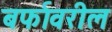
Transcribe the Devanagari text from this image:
बर्फावरील